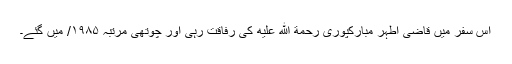
اس سفر میں قاضی اطہر مبارکپوری رحمة الله عليه کی رفاقت رہی اور چوتھی مرتبہ ۱۹۸۵/ میں گئے۔